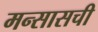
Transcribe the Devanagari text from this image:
मन्सासची